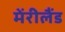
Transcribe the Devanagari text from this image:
मेंरीलैंड